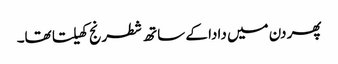
پھر دن میں دادا کے ساتھ شطرنج کھیلتا تھا۔